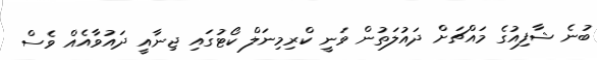
ބުނެ ޝާފިއުގެ މައްޗަށް ދައުލަތުން ވަނީ ކްރިމިނަލް ކޯޓުގައި ޖިނާއީ ދައުވާއެއް ވެސް